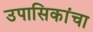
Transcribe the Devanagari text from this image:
उपासिकांचा